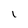
Character: l